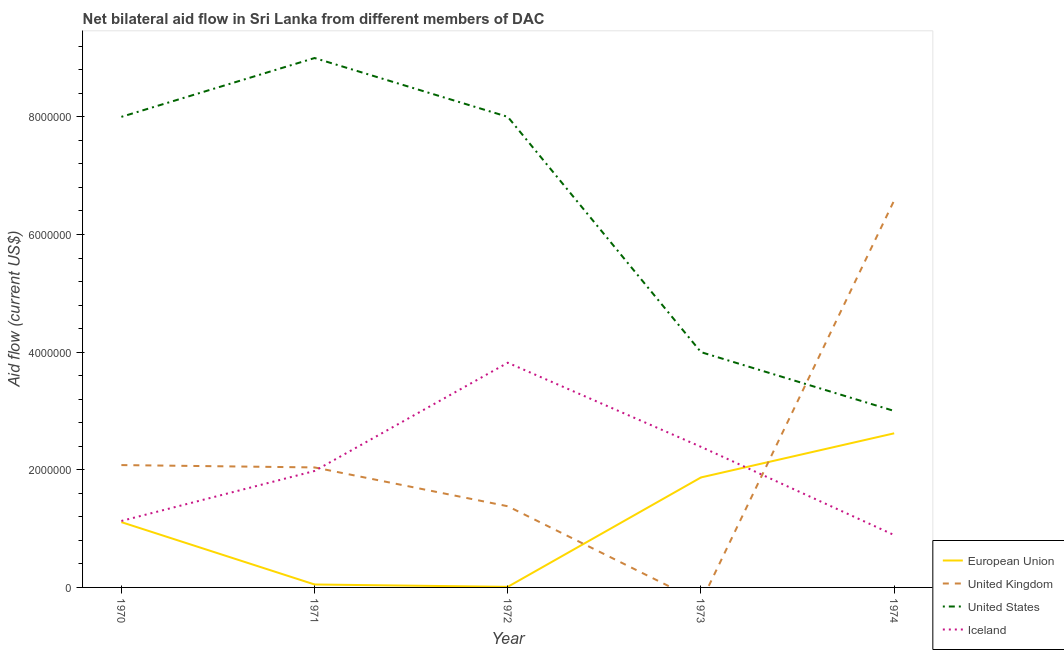
| Year | European Union | United Kingdom | United States | Iceland |
 | --- | --- | --- | --- | --- |
 | 1970 | 1.11e+06 | 2.08e+06 | 8e+06 | 1.13e+06 |
 | 1971 | 5e+04 | 2.04e+06 | 9e+06 | 1.98e+06 |
 | 1972 | 1e+04 | 1.38e+06 | 8e+06 | 3.82e+06 |
 | 1973 | 1.87e+06 | -2.5e+05 | 4e+06 | 2.39e+06 |
 | 1974 | 2.62e+06 | 6.58e+06 | 3e+06 | 8.9e+05 |